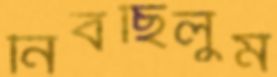
নিবছিলুম